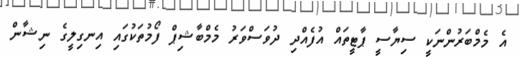
އެ މެމްބަރުންނަކީ ސިޔާސީ ޕާޓީތައް އުފެއްދި ދުވަސްވަރު މެމްބާޝިޕް ފޯމުތަކުގައި އިނގިލީގެ ނިޝާން